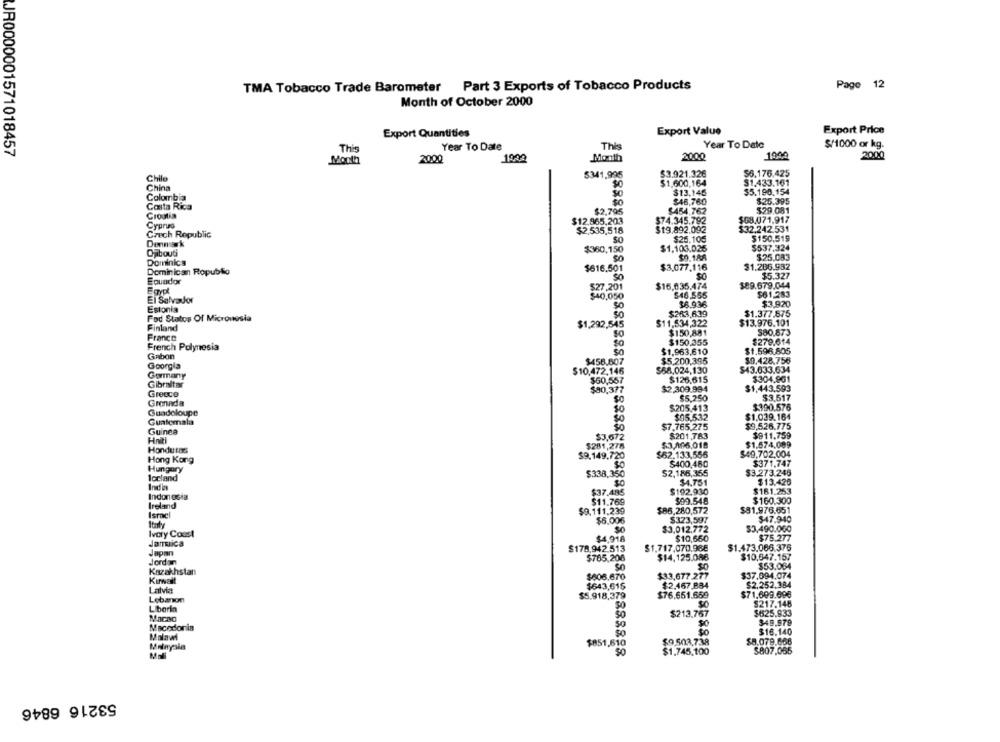
TMA Tobacco Trade Barometer Part 3 Exports of Tobacco Products
Page 12
Month of October 2000
Export Quantities
Export Value
Export Price
Year To Date
This
Year To Date
$/1000 or kg.
JR0000001571018457
This
1040
2000
Month
20,00
1900
Month
2000
Chile
5341,995
$3.921,326
$6.176.425
$0
$1.600,164
$1,433.161
China
$13,145
$5.198.154
Colombia
$48,760
$25.395
Costa Rica
Croatia
$2.795
$454,762
$29.081
$12.865,203
$74.345.792
$G8.071,917
Cyprus
$2.535,518
$19.892.092
$32.242.531
Czech Republic
$26.105
$150,519
Denmark
SO
Oabouti
$360,150
$1,103.025
$537.324
SO
$0.188
$25.083
Dominics
$616.501
$3,077.116
$1.286.982
Dominican Ropublo
$5.327
Ecuador
$27.201
$16.635,474
$89.679.044
$40,050
546,555
$61,283
El Salvador
36.936
$3,920
Estonia
Fod Statos Of Micronesia
$263,639
$1.377.875
Finland
$1,292,545
$11,534,322
$13.976.101
$150,881
$80.873
France
$150.355
$279.614
French Polynesia
Gabon
$1,963,610
$1.596,805
$458.807
$5.200,395
$9.428,756
Georgia
$10,472.146
$68,024,130
$43.633.634
Germany
$126,615
$304.961
Gibraltar
$60,557
Greece
$80,377
$2.309.994
$1,443.593
$5,250
$3.517
Gronada
$205.413
$390.576
Guadeloupe
$05.532
$1.039.164
Guatemala
$0
Guinea
So
$7.765.275
$9,526.775
$3,572
$201,783
$911.759
$281,278
$3.006,018
$1.574.089
Honduras
$52.133,556
$49,702,004
Hong Kong
$9.149.720
$400,480
$371,747
Hungary
$338,350
52,186,355
$3.273.246
locland
$4.751
$13.420
Indiz
$181.253
Indonesia
$37.485
$192.930
Ireland
$11.769
$09.548
$160.300
$9.111,239
$86,280,572
$81.976.651
Ismaci
$6.006
$323,597
$47.940
$3,490.000
Ivory Coast
$3,012,772
$4,918
$10,650
$75.277
$178,942.513
$1.717,070.98€
$1.473.066.376
Japan
$765,206
$14,125.086
$10,647.157
Jordan
$53.084
Kazakhstan
Kimwait
$608.670
$33,677 277
$37.094.074
1643,61$
$2.467.884
$2.252.384
Latvia
$5.918,379
$76.651.659
$71.699.69€
Lebanon
Liberia
$217.148
$213.767
$625.933
349.579
Macedonia
$16.140
Malawi
Malaysia
$851,610
$9.503.738
$8,079.656
Mali
$1.745,100
$807,055
53216 6846